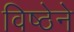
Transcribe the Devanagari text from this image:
विष्ठेने